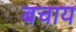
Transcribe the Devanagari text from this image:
बचाय